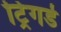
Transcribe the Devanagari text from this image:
ट्रिगर्ड